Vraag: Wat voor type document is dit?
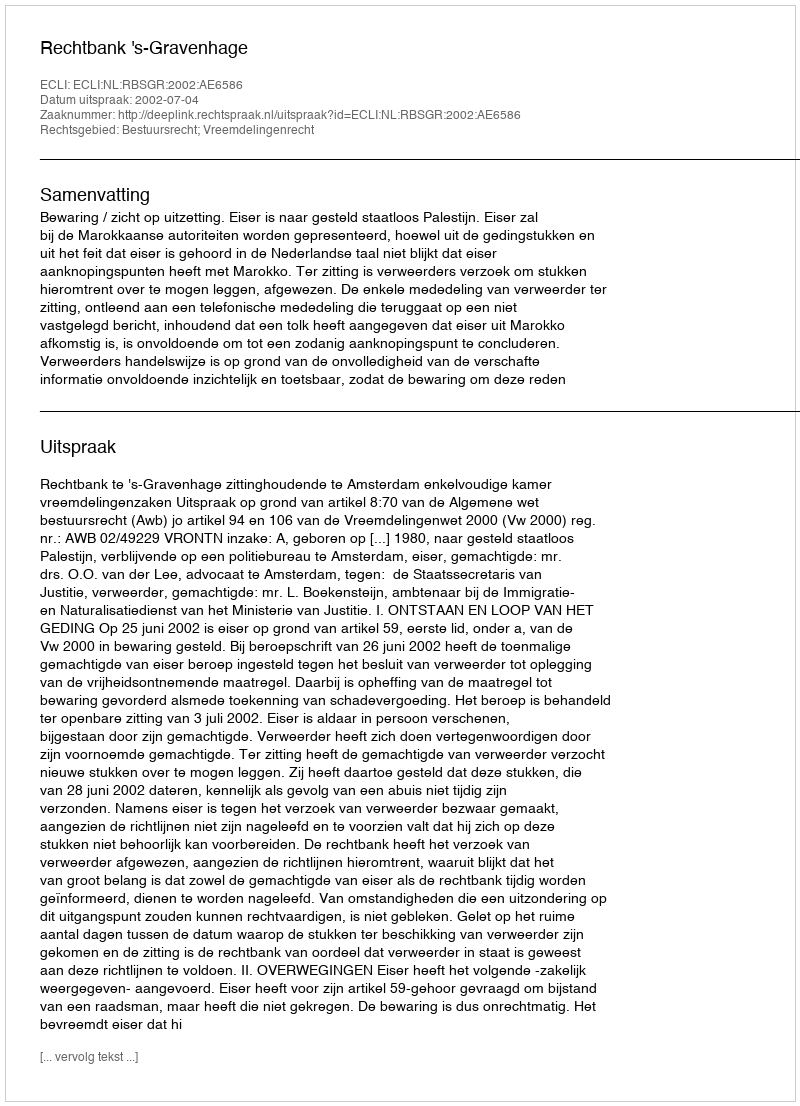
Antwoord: Uitspraak